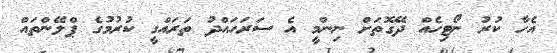
އެހާ ކުރު ނޯޓިހެއް ދޭގޮތަށް ނިންމީ އެ ސަރަހައްދު ތަރައްގީ ކުރުމުގެ ޕްލޭންތައް